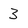
Character: 3